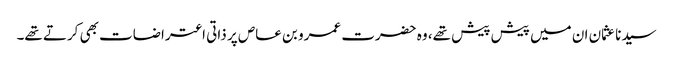
سیدنا عثمان ان میں پیش پیش تھے، وہ حضرت عمرو بن عاص پر ذاتی اعتراضات بھی کرتے تھے۔